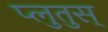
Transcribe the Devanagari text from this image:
प्लुतुस्